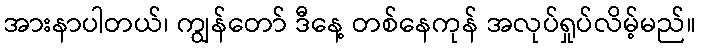
အားနာပါတယ်၊ ကျွန်တော် ဒီနေ့ တစ်နေကုန် အလုပ်ရှုပ်လိမ့်မည်။